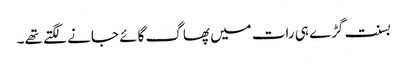
بسنت گڑے ہی رات میں پھاگ گائے جانے لگتے تھے۔